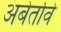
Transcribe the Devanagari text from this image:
अबेर्तावे